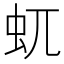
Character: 𧈭